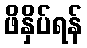
ဖိနှိပ်ရန်